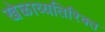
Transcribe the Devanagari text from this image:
खेळाव्यतिरिक्त